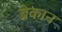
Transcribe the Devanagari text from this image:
ब्रेकान